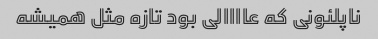
ناپلئونى که عاااالى بود تازه مثل همیشه